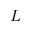
L